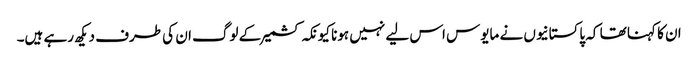
ان کا کہنا تھا کہ پاکستانیوں نے مایوس اس لیے نہیں ہونا کیونکہ کشمیر کے لوگ ان کی طرف دیکھ رہے ہیں۔